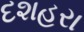
દશહરા